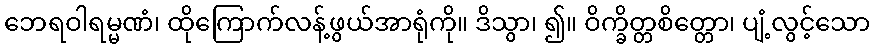
ဘေရဝါရမ္မဏံ၊ ထိုကြောက်လန့်ဖွယ်အာရုံကို။ ဒိသွာ၊ ၍။ ဝိက္ခိတ္တစိတ္တော၊ ပျံ့လွင့်သော